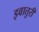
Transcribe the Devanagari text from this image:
इवातुरी